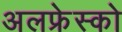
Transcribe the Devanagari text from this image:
अलफ्रेस्को